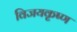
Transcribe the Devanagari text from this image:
विजयकृष्ण